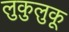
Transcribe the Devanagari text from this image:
लुकुलुकू